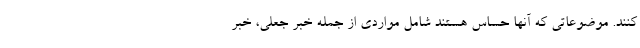
کنند. موضوعاتی که آنها حساس هستند شامل مواردی از جمله خبر جعلی، خبر